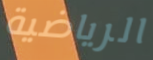
الرياضية